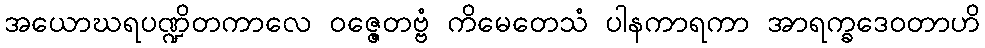
အယောဃရပဏ္ဍိတကာလေ ဝဇ္ဇေတဗ္ဗံ ကိမေတေသံ ပါနကာရကာ အာရက္ခဒေဝတာဟိ